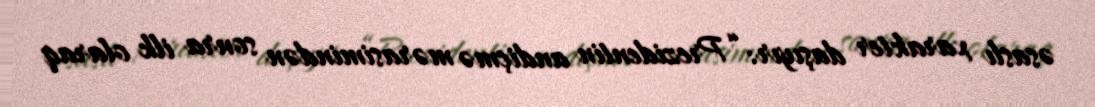
əsaslı xarakter daşıyır: “Prezidentin andiçmə mərasimindən sonra ilk olaraq